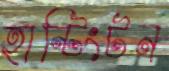
হান্টিংটন